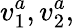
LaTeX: v_{1}^{a},v_{2}^{a},